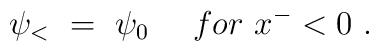
\psi _<~ =~\psi _0 ~~~~for~ x^-<0~.